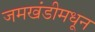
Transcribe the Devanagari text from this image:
जमखंडीमधून